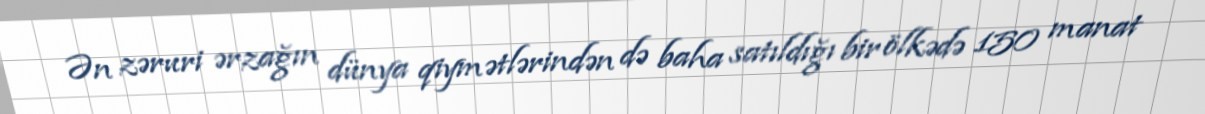
Ən zəruri ərzağın dünya qiymətlərindən də baha satıldığı bir ölkədə 150 manat